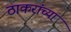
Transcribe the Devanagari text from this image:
ठाकरांच्या